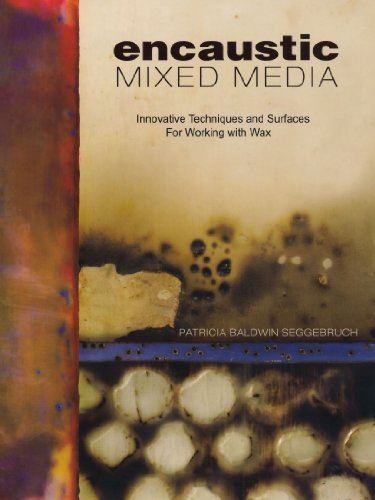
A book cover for Encaustic Mixed Media: Innovative Techniques and Surfaces for Working With Wax; Patricia Baldwin Seggebruch; Crafts, Hobbies & Home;